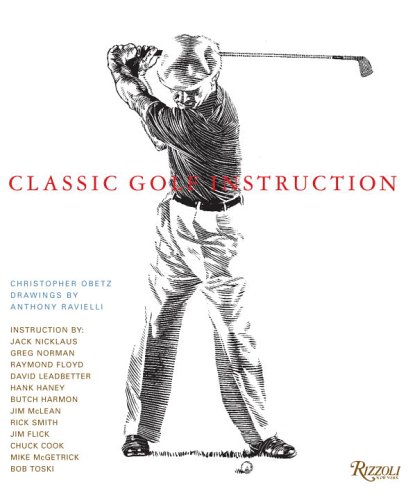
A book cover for Classic Golf Instruction; Christopher Obetz; Sports & Outdoors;